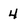
Character: 4